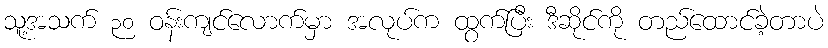
သူ့အသက် ၃၀ ဝန်းကျင်လောက်မှာ အလုပ်က ထွက်ပြီး ဒီဆိုင်ကို တည်ထောင်ခဲ့တာပဲ